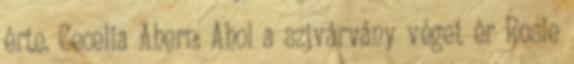
érte. Cecelia Ahern: Ahol a szivárvány véget ér Rosie